Civil Veterinary Department. Madras. Admin. report 1910-25 - 1910-1925
Year: 1910
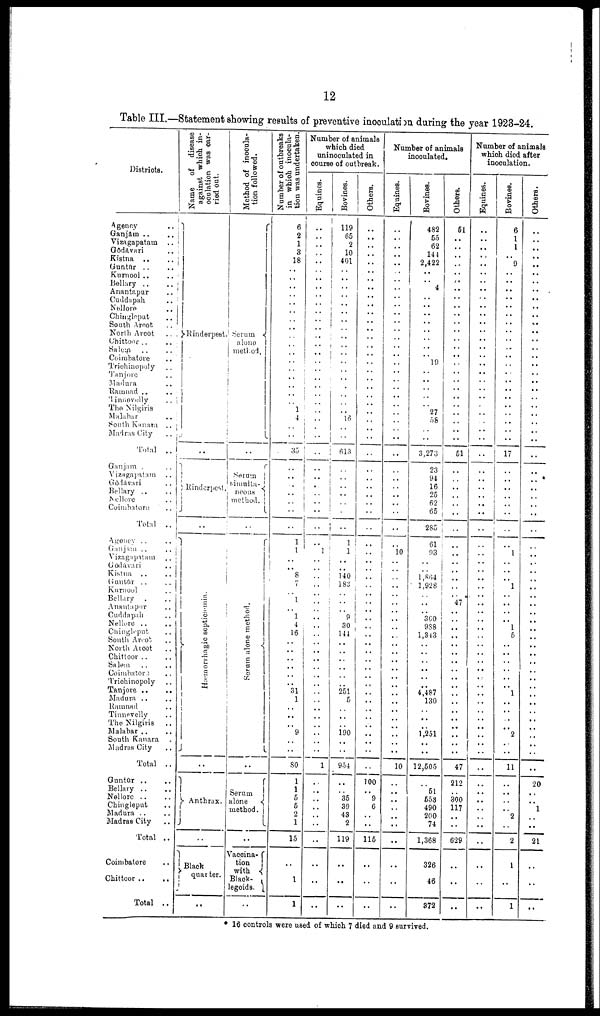
12
Table III.—Statement showing results of preventive inoculation during the year 1923-24
Districts.
Agency
..
Ganjam ..
..
Vizagapatam ..
Godavari
..
Kistna ..
..
Guntur .. ..
Kurnool ..
..
Bellary ..
..
Anantapur ..
Cuddapah
..
Nellore ..
Chingleput ..
South Arcot ..
North Arcot .. .
Chittoor .. ..
Salem .. ..
Coimhatore ..
Trichinopoly ..
Tanjore ..
Madura ..
Ramnad .. ..
Tinneveelly ..
The Nilgiris
Malanar
..
South Kanara ..
Madras City
..
Total
..
Ganjam . ..
Vizagapatam ..
Godavari ..
Bellary .. ..
Nelore ..
Coimbatore
..
Total ..
Agency .. ..
Ganjam ..
..
Vizagapatam ..
Godavari ..
Kistna .. ..
Guntur .. ..
Kurnool ..
Bellary . ..
Anantapur ..
Cuddapah ..
Nellore .. ..
Chingleput ..
South Arcot ..
North Arcot ..
Chittoor .. ..
Salem .. ..
Coimbatora ..
Trichinopoly ..
Tanjore ..
..
Madura .. ..
Ramnad ..
Tinnevelly ..
The Nilgiris ..
Malabar
South Kanara .
Madras City ..
Total ..
Guntur .. ..
Bellary .. ..
Nellore .. ..
Chingleput ..
Madura .. ..
Madras City ..
Total ..
Coimbatore ..
Chittoor ..
..
Total ..
Name
of disease
against which in-
oculation was car-
ried out.
i
Rinderpest.
..
Rinderpest.
..
Hænorrhagic septicæmia.
..
Anthrax.
..
Black
quarter.
..
Method of inocula-
tion followed.
Serum
alone
method.
..
Serum
simulta-
neous
method.
Se r
um a l
one me t
hod
..
Serum
alone
..
Vaccina-
tion
with
Black-
legoids.
..
Number of outbreaks
in which inocula-
tion was undertaken.
6
2
1
3
18
..
..
..
..
..
..
..
..
..
..
..
..
..
..
..
..
..
1
4
..
35
..
..
..
..
..
..
1
1
..
..
8
7
..
1
..
1
4
16
..
.. ..
..
..
..
31
1
..
..
..
9
..
..
80
1
1
5
5
2
1
15
..
1
1
Number of animals
which died
uninoculated in
course of outbreak.
Equines.
..
..
..
..
..
.. ..
..
..
..
..
..
..
..
..
..
..
..
..
..
..
..
..
..
..
..
..
..
..
..
..
..
..
..
..
1
..
..
..
..
..
..
..
..
..
..
..
.. ..
..
..
..
..
..
..
..
..
..
..
..
1
..
..
..
..
..
..
..
..
..
..
Bovines.
119
65
2
10
401
.. ..
..
.. ..
..
..
..
..
..
..
..
..
..
..
..
..
..
16
..
..
613
..
..
..
..
..
..
1
1
..
..
140
183
..
..
..
9
30
144
..
.. ..
..
..
..
251
5
..
..
.. 190
..
..
954
..
..
35 39
43
2
119
..
..
..
Others.
..
..
..
..
..
..
..
..
..
..
..
..
..
..
..
..
..
..
.. ..
..
..
..
..
..
..
..
..
..
..
..
..
..
..
..
..
.. ..
..
..
..
..
..
..
..
..
.. ..
..
..
..
..
.. ..
..
..
..
..
..
..
100
..
9
6
..
..
115
..
..
..
Number of animals
inoculated.
Equines.
..
..
.. ..
..
..
..
..
..
..
..
..
.. ..
.. ..
..
..
..
..
..
..
..
..
..
..
..
..
..
..
..
..
..
..
10
..
..
..
..
..
..
..
..
..
..
..
.. ..
..
..
..
..
..
..
..
..
..
..
..
10
..
..
..
.. ..
..
..
..
..
..
Bovines.
482
55
62
144
2,422
..
..
4
.. ..
..
..
..
..
..
..
19
..
..
..
..
.. 27
58
..
..
3,273
23
94
16
25
62
65
285
61
93
..
.. 1,864
1,928
..
..
..
360
988
1,343
..
.. ..
..
..
..
4,487
130
..
..
..
1,251
..
..
12,505
..
51
553
490
200
74
1,368
326
46
372
Others.
51
..
..
..
..
..
..
..
..
..
..
..
..
..
..
..
..
..
..
..
..
.. ..
..
..
..
51
..
..
..
..
..
..
..
..
..
..
..
..
..
47
..
..
..
..
..
.. ..
..
..
..
..
.. ..
..
..
..
..
..
47
212
..
300 117
..
..
629
..
..
..
Number of animals
which died after
inoculation.
Equines.
..
..
..
..
..
..
..
..
..
..
..
..
.. ..
.. ..
..
..
..
..
..
..
..
..
..
..
..
..
..
..
..
..
..
..
..
..
..
..
..
..
..
..
..
..
..
..
.. ..
..
..
.. ..
..
..
..
..
..
..
..
..
..
..
..
..
..
..
..
..
..
..
Bovines.
6
1
1
..
9
..
..
..
..
..
..
..
..
..
..
..
..
..
..
..
..
..
..
..
..
..
17
..
..
..
..
..
..
..
1
..
..
..
1
..
..
..
..
1
5
..
..
..
..
..
.. 1
..
..
..
.. 2
..
..
11
..
..
..
..
2
..
2
1
..
1
Others.
..
..
..
..
..
..
..
..
..
..
..
..
..
..
..
..
..
..
..
..
..
..
..
..
..
..
..
..
..
..
..
..
..
..
..
..
..
..
..
..
..
..
..
..
..
..
.. ..
..
..
..
..
..
..
..
..
..
..
..
..
20
..
..
1
..
..
21
..
..
..
* 16 controls were used of which 7 died and 9 survived.